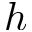
h